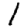
Digit: 1